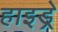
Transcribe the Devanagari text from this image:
हाइड्रे